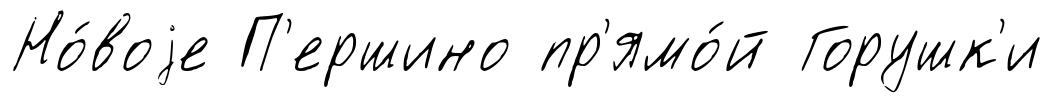
Но́воjе П'ершино пр'ямо́й Горушк'и